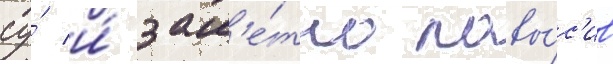
су́ и́ зам'е́тно повы́с'ив